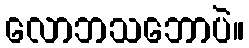
လောဘသဘောပဲ။